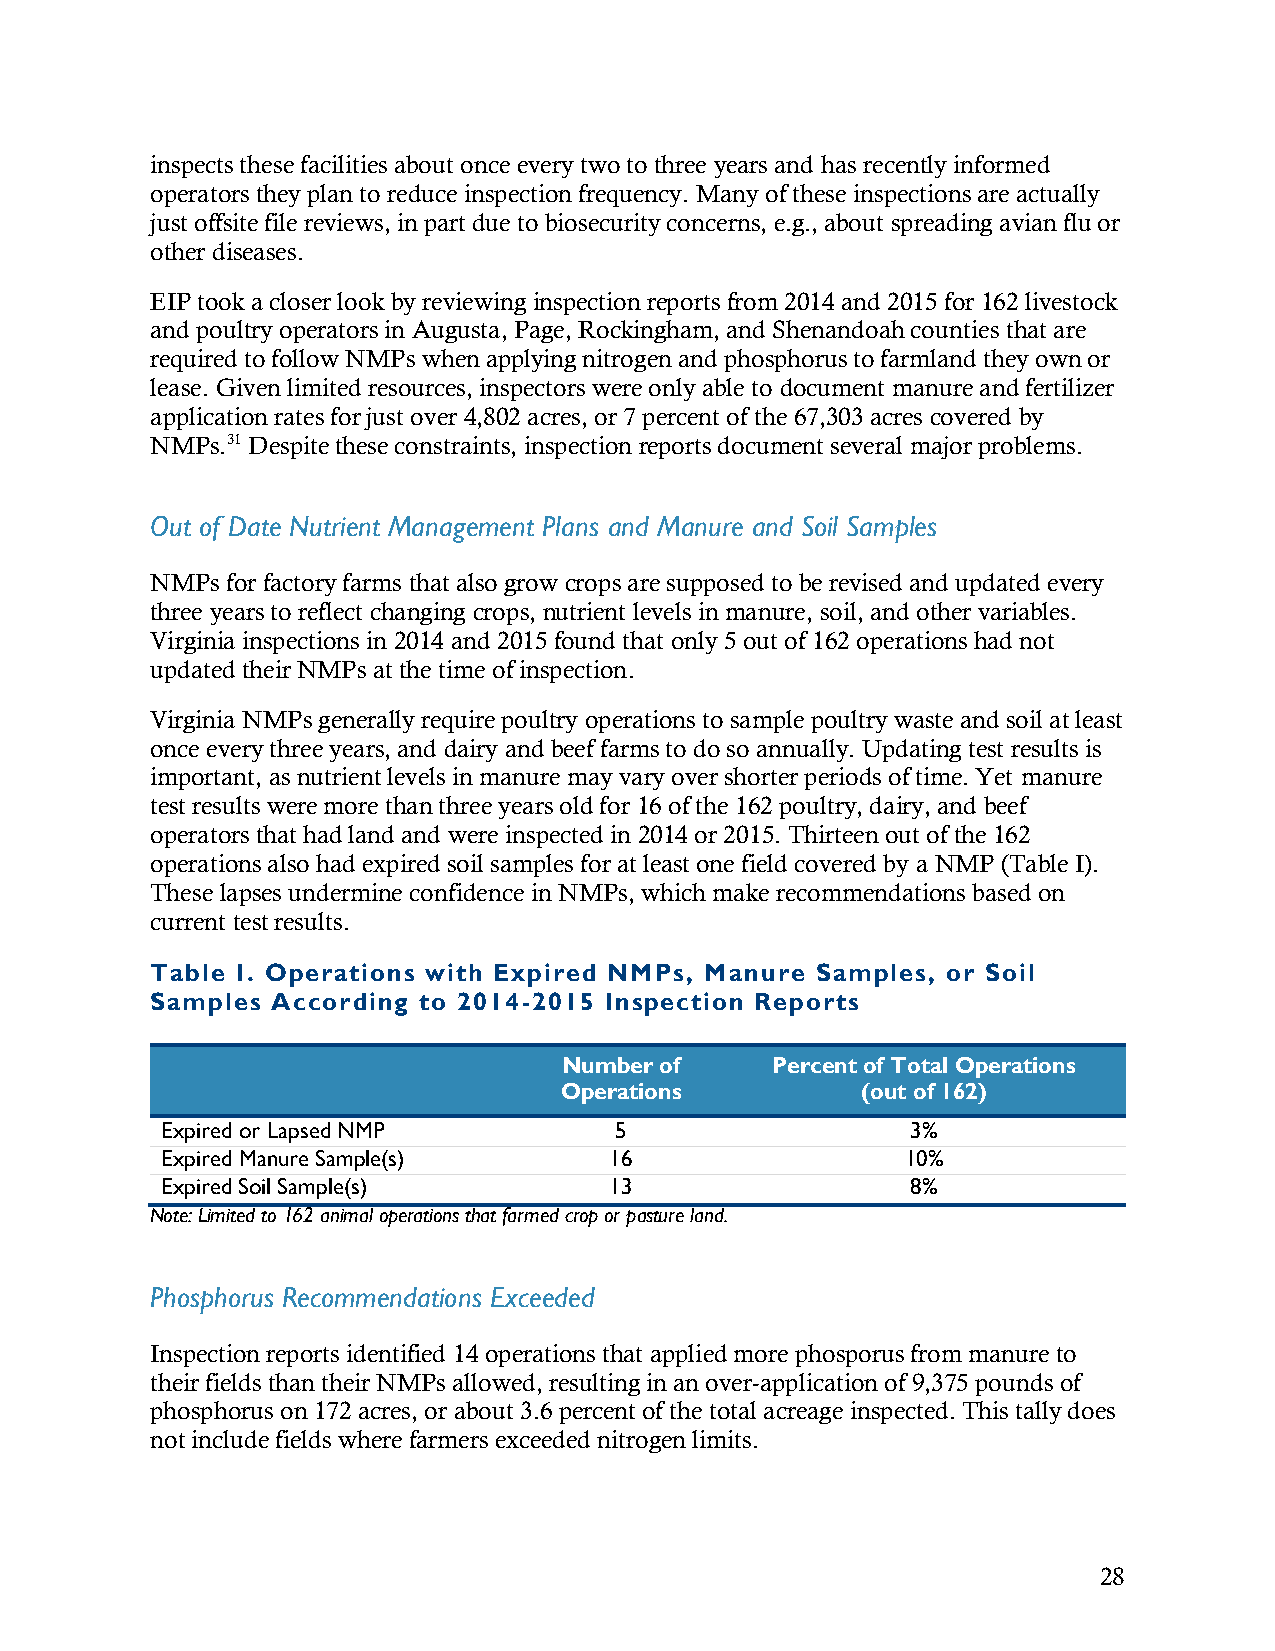
inspects these facilities about once every two to three years and has recently informed
 operators they plan to reduce inspection frequency. Many of these inspections are actually
 just offsite file reviews, in part due to biosecurity concerns, e.g., about spreading avian flu or
 other diseases.
 EIP took a closer look by reviewing inspection reports from 2014 and 2015 for 162 livestock
 and poultry operators in Augusta, Page, Rockingham, and Shenandoah counties that are
 required to follow NMPs when applying nitrogen and phosphorus to farmland they own or
 lease. Given limited resources, inspectors were only able to document manure and fertilizer
 application rates for just over 4,802 acres, or 7 percent of the 67,303 acres covered by
 NMPs.31 Despite these constraints, inspection reports document several major problems.
 Out of Date Nutrient Management Plans and Manure and Soil Samples
 NMPs for factory farms that also grow crops are supposed to be revised and updated every
 three years to reflect changing crops, nutrient levels in manure, soil, and other variables.
 Virginia inspections in 2014 and 2015 found that only 5 out of 162 operations had not
 updated their NMPs at the time of inspection.
 Virginia NMPs generally require poultry operations to sample poultry waste and soil at least
 once every three years, and dairy and beef farms to do so annually. Updating test results is
 important, as nutrient levels in manure may vary over shorter periods of time. Yet manure
 test results were more than three years old for 16 of the 162 poultry, dairy, and beef
 operators that had land and were inspected in 2014 or 2015. Thirteen out of the 162
 operations also had expired soil samples for at least one field covered by a NMP (Table I).
 These lapses undermine confidence in NMPs, which make recommendations based on
 current test results.
 Table I. Operations with Expired NMPs, Manure Samples, or Soil
 Samples According to 2014-2015 Inspection Reports
 Number of     Percent of Total Operations
 Operations          (out of 162)
 Expired or Lapsed NMP         5                  3%
 Expired Manure Sample(s)     16                  10%
 Expired Soil Sample(s)       13                  8%
 Note: Limited to 162 animal operations that farmed crop or pasture land.
 Phosphorus Recommendations Exceeded
 Inspection reports identified 14 operations that applied more phosporus from manure to
 their fields than their NMPs allowed, resulting in an over-application of 9,375 pounds of
 phosphorus on 172 acres, or about 3.6 percent of the total acreage inspected. This tally does
 not include fields where farmers exceeded nitrogen limits.
 28